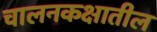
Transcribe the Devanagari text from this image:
चालनकक्षातील